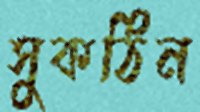
সুকঠিন